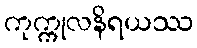
ကုက္ကုလနိရယဿ